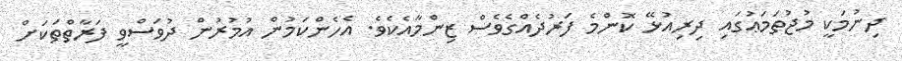
ދިނުމަކީ މުޖުތަމަޢުގައި ދިރިއުޅޭ ކޮންމެ ފަރުދެއްގެވެސް ޒިންމާއެކެވެ. އެހެންކަމުން އުމުރުން ދުވަސްވީ ފަރާތްތަކަށް